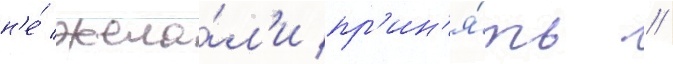
н'е́ жела́л'и пр'ин'я́ть //